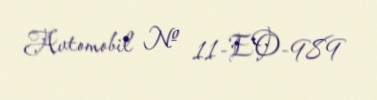
Avtomobil № 11-EO-989